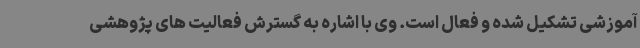
آموزشی تشکیل شده و فعال است. وی با اشاره به گسترش فعالیت های پژوهشی